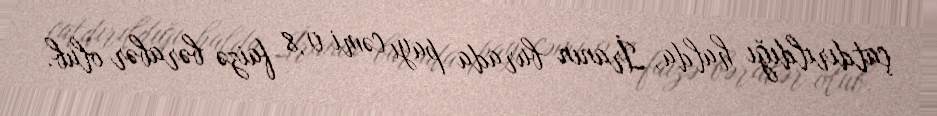
çatdırıldığı halda, İranın burada payı cəmi 0,8 faizə bərabər olub.